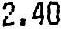
2.40